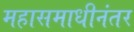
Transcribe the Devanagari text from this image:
महासमाधीनंतर